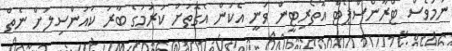
ނަމަވެސް ޓްރާންސްޕޯޓް އޮތޯރިޓީން ވަނީ އެކަން އެގޮތަށް ކުރުމުގެ ބާރު ކައުންސިލަށް ނެތް